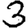
Digit: 3